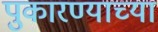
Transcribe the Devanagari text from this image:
पुकारण्याच्या